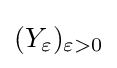
(Y_{\varepsilon })_{\varepsilon >0}